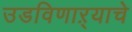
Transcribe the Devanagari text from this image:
उडविणाऱ्याचे